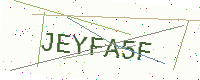
Text: JEYFA5F